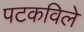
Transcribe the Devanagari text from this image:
पटकविले